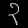
Digit: ၃